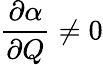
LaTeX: {\frac{\partial\alpha}{\partial Q}}\neq 0